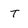
Character: t